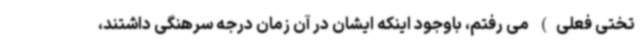
تختی فعلی) می رفتم، باوجود اینکه ایشان در آن زمان درجه سرهنگی داشتند،